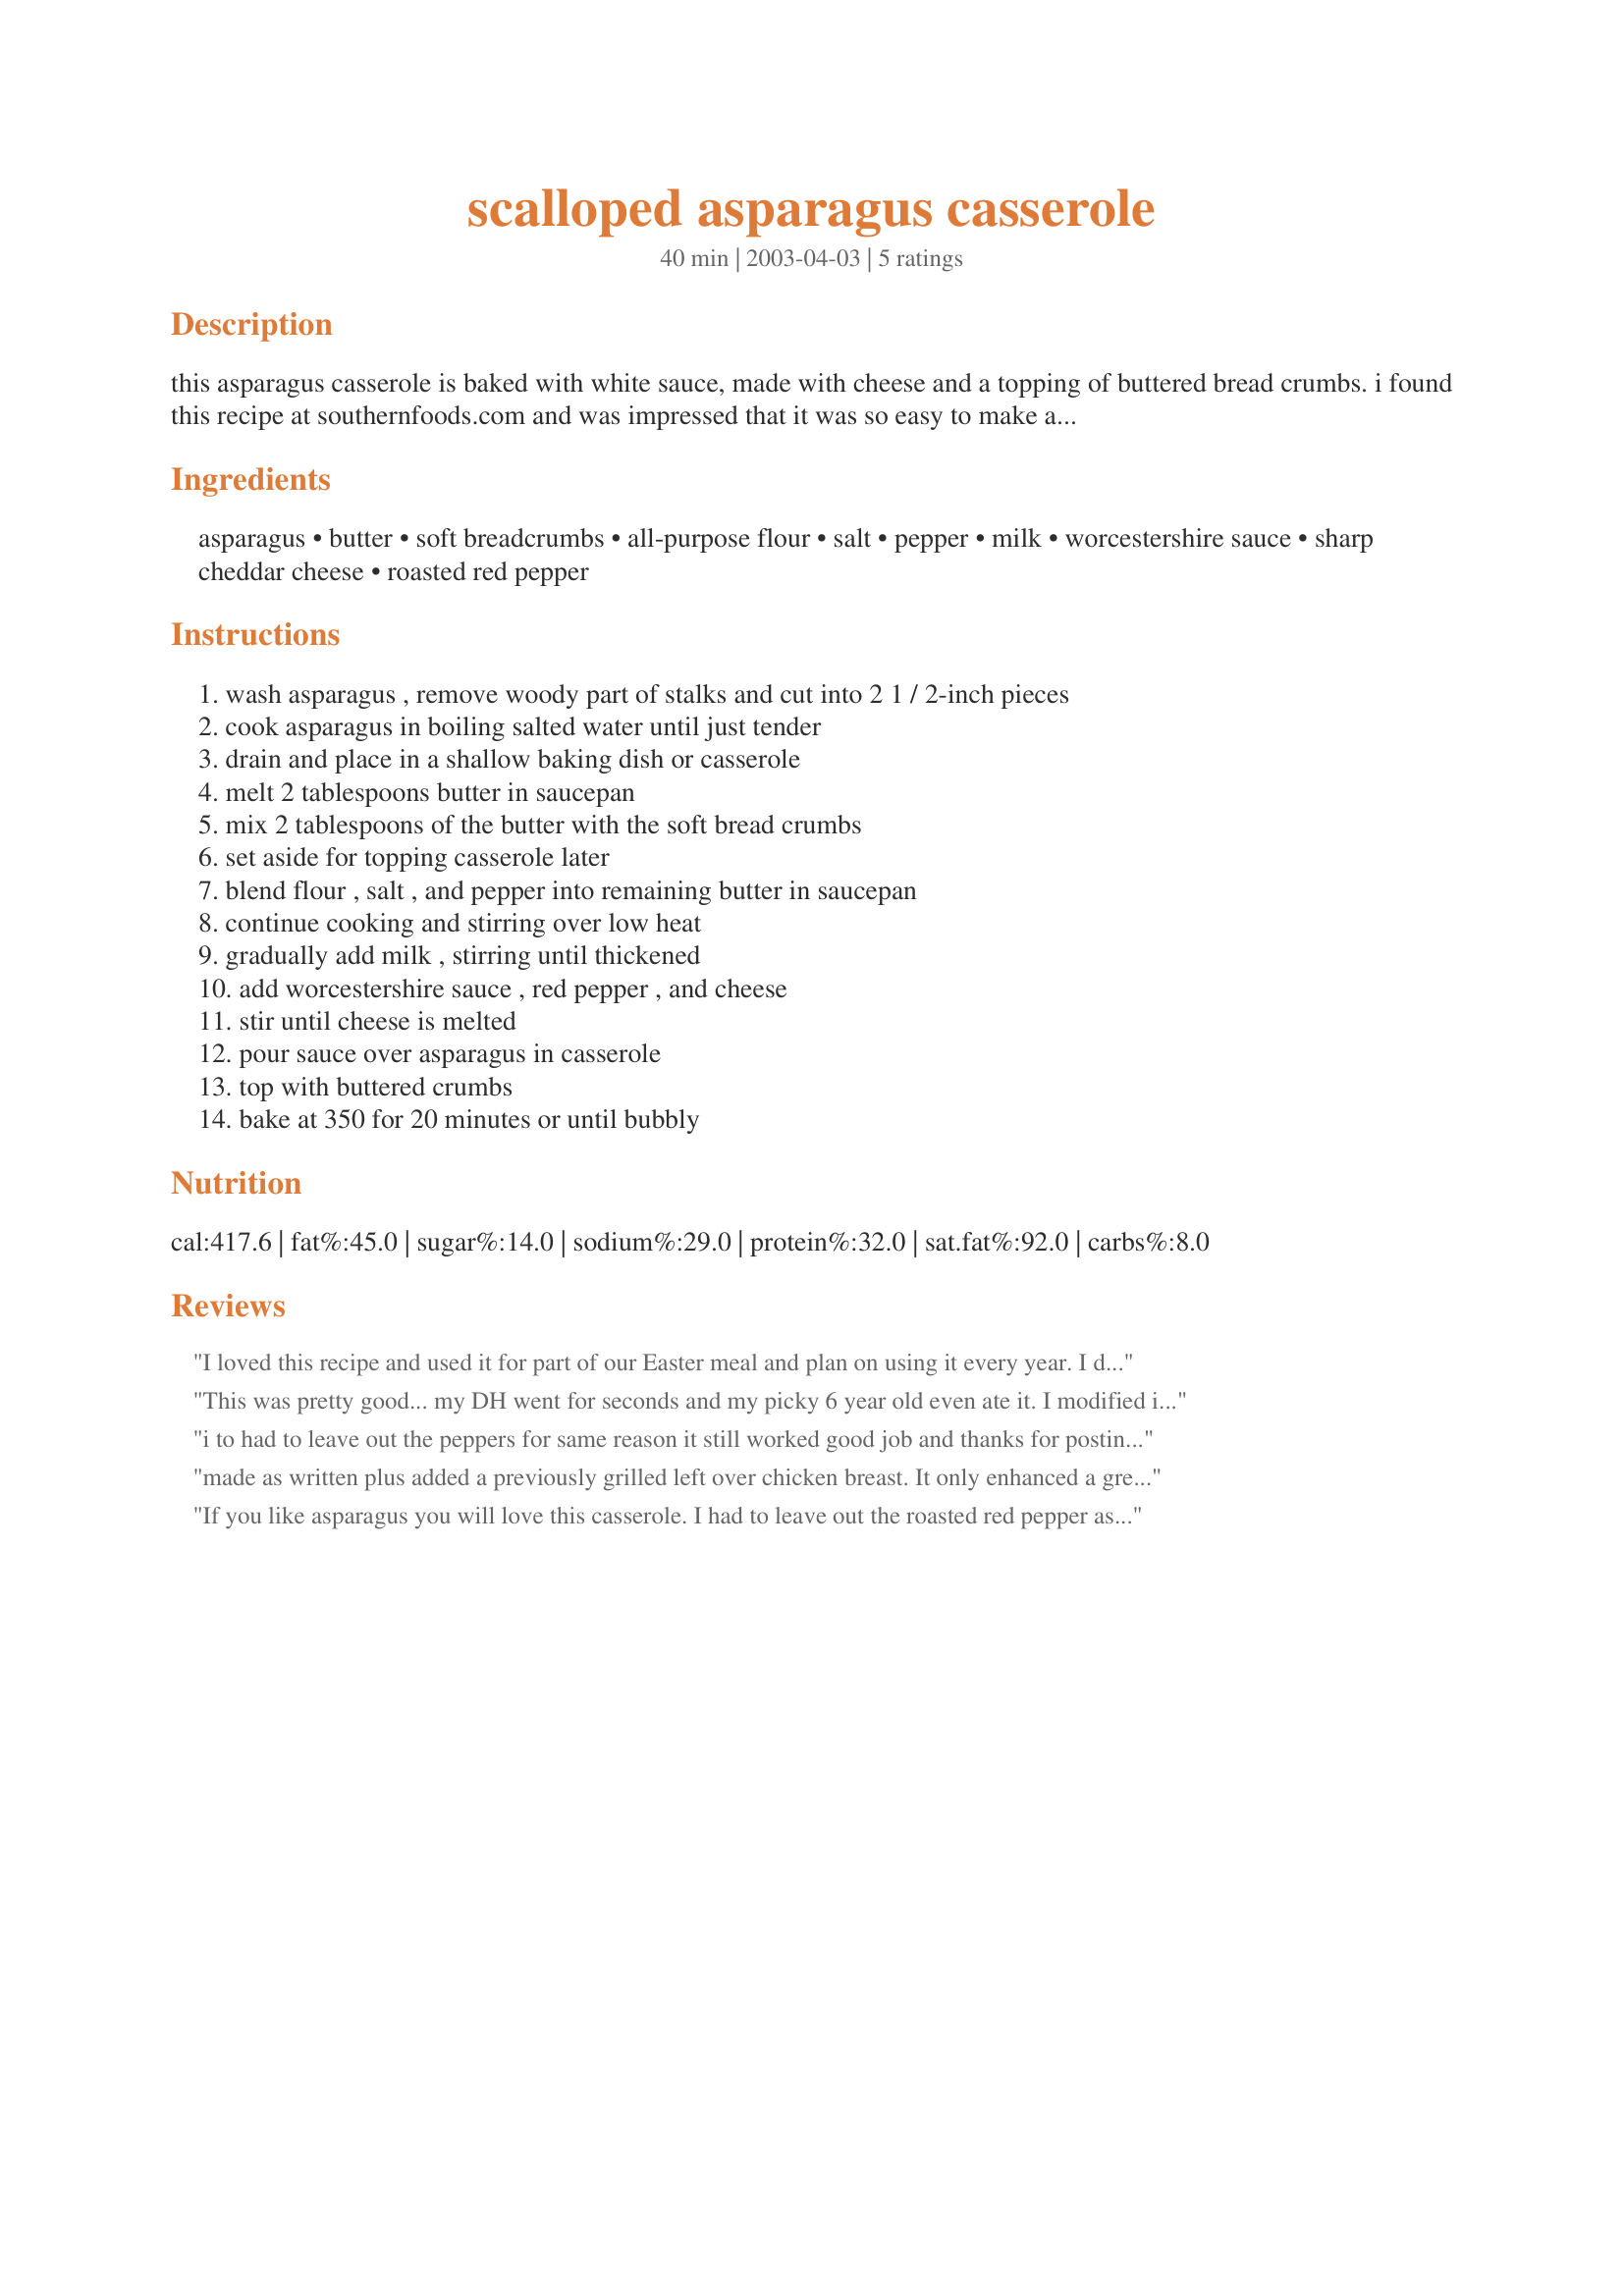
scalloped asparagus casserole
Preparation time: 40 minutes

this asparagus casserole is baked with white sauce, made with cheese and a topping of buttered bread crumbs. i found this recipe at southernfoods.com and was impressed that it was so easy to make as well as tasty.

Ingredients:
asparagus, butter, soft breadcrumbs, all-purpose flour, salt, pepper, milk, worcestershire sauce, sharp cheddar cheese, roasted red pepper

Steps:
wash asparagus , remove woody part of stalks and cut into 2 1 / 2-inch pieces, cook asparagus in boiling salted water until just tender, drain and place in a shallow baking dish or casserole, melt 2 tablespoons butter in saucepan, mix 2 tablespoons of the butter with the soft bread crumbs, set aside for topping casserole later, blend flour , salt , and pepper into remaining butter in saucepan, continue cooking and stirring over low heat, gradually add milk , stirring until thickened, add worcestershire sauce , red pepper , and cheese, stir until cheese is melted, pour sauce over asparagus in casserole, top with buttered crumbs, bake at 350 for 20 minutes or until bubbly

Reviews:
I loved this recipe and used it for part of our Easter meal and plan on using it every year. I do not care for the peppers so didn't use them and used mild cheddar instead of the sharp. I loved it but think next time I will also use sharp cheddar instead of the mild.
This was pretty good... my DH went for seconds and my picky 6 year old even ate it.

I modified it a bit. I used 1 lb of fresh asparagus, 4 tbsp butter total, 1 cup milk (1%) and substituted mozzarella for the cheddar. I also sprinkled in some seasoning salt to the milk mixture before pouring it on top of the asparagus. I'm not a huge asparagus fan so that's why only 4 stars. Overall it was good and I will make again. It's a good way to disguise the vegetables.
 i to had to leave out the peppers for same reason it still worked good job and thanks for posting love your vaccum cleaner lol dee
made as written plus added a previously grilled left over chicken breast. It only enhanced a great recipe. The red pepper is a great visual addition. I don't believe it adds to the flavor. Thanks. I was so tired of steamed asparagus.
If you like asparagus you will love this casserole. I had to leave out the roasted red pepper as my husband won't eat peppers, but it was still delicious. I served it with a holiday meal, and there was nothing leftover.
